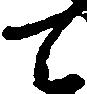
て